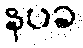
နပခ